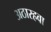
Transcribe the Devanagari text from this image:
अठारहवा